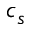
c _ { s }